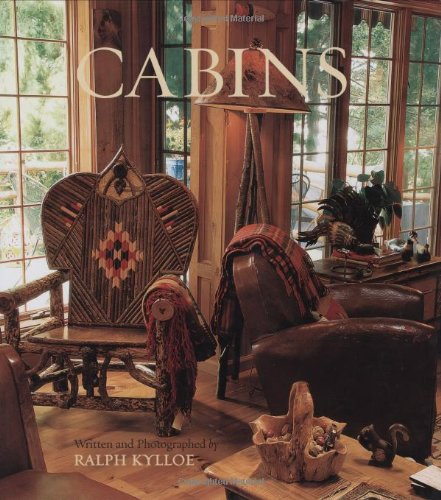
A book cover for Cabins; Ralph Kylloe; Crafts, Hobbies & Home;